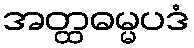
အတ္ထဓမ္မပဒံ